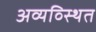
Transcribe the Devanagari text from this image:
अव्यव्स्थित